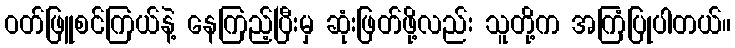
ဝတ်ဖြူစင်ကြယ်နဲ့ နေကြည့်ပြီးမှ ဆုံးဖြတ်ဖို့လည်း သူတို့က အကြံပြုပါတယ်။